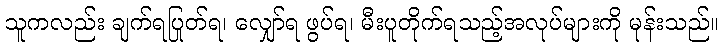
သူကလည်း ချက်ရပြုတ်ရ၊ လျှော်ရ ဖွပ်ရ၊ မီးပူတိုက်ရသည့်အလုပ်များကို မုန်းသည်။